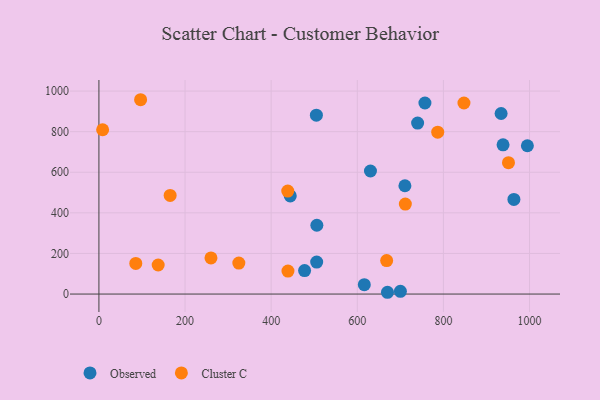
{"axis": {"x": "Ad Spend", "y": "Fuel Efficiency"}, "legend": ["Cluster C", "Observed"], "data": [{"x": "506.1", "y": 338.9, "type": "Observed"}, {"x": "740.1", "y": 842.1, "type": "Observed"}, {"x": "505.7", "y": 157.7, "type": "Observed"}, {"x": "710.6", "y": 533.5, "type": "Observed"}, {"x": "938.5", "y": 735.3, "type": "Observed"}, {"x": "477.6", "y": 115.7, "type": "Observed"}, {"x": "995.0", "y": 730.6, "type": "Observed"}, {"x": "505.0", "y": 881.0, "type": "Observed"}, {"x": "630.6", "y": 606.1, "type": "Observed"}, {"x": "616.3", "y": 46.0, "type": "Observed"}, {"x": "700.1", "y": 13.3, "type": "Observed"}, {"x": "444.4", "y": 483.6, "type": "Observed"}, {"x": "757.1", "y": 941.2, "type": "Observed"}, {"x": "670.1", "y": 8.8, "type": "Observed"}, {"x": "963.7", "y": 466.4, "type": "Observed"}, {"x": "934.0", "y": 889.4, "type": "Observed"}, {"x": "438.5", "y": 507.2, "type": "Cluster C"}, {"x": "137.6", "y": 143.1, "type": "Cluster C"}, {"x": "260.2", "y": 178.1, "type": "Cluster C"}, {"x": "96.8", "y": 957.3, "type": "Cluster C"}, {"x": "165.4", "y": 485.8, "type": "Cluster C"}, {"x": "8.6", "y": 809.4, "type": "Cluster C"}, {"x": "324.9", "y": 152.5, "type": "Cluster C"}, {"x": "847.7", "y": 941.2, "type": "Cluster C"}, {"x": "85.6", "y": 151.0, "type": "Cluster C"}, {"x": "786.8", "y": 797.5, "type": "Cluster C"}, {"x": "711.6", "y": 443.3, "type": "Cluster C"}, {"x": "439.0", "y": 113.3, "type": "Cluster C"}, {"x": "668.2", "y": 164.9, "type": "Cluster C"}, {"x": "951.1", "y": 647.3, "type": "Cluster C"}]}